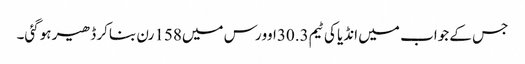
جس کے جواب میں انڈیا کی ٹیم30.3اوورس میں158رن بناکر ڈھیر ہوگئی۔